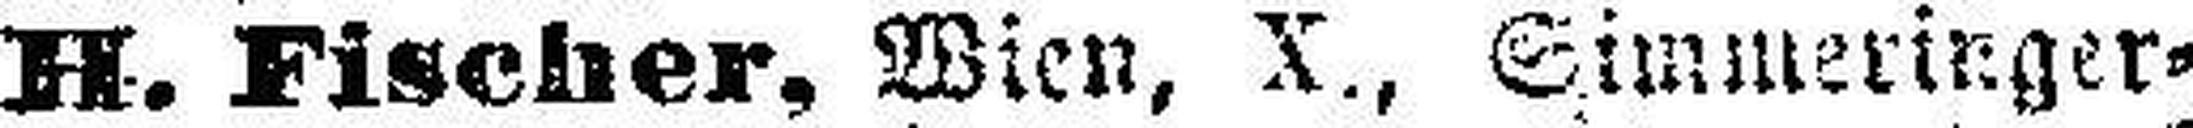
H. Fischer, Wien, X., Simmeringer¬